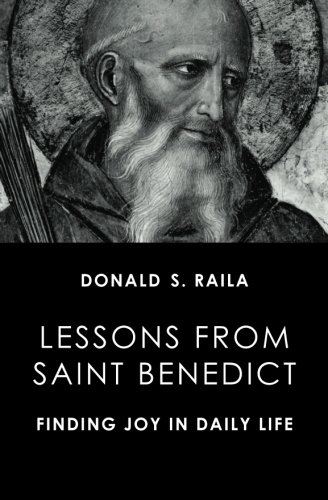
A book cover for Lessons from Saint Benedict: Finding Joy in Daily Life; Donald S Raila; Christian Books & Bibles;